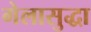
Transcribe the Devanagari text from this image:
गेलासुद्धा